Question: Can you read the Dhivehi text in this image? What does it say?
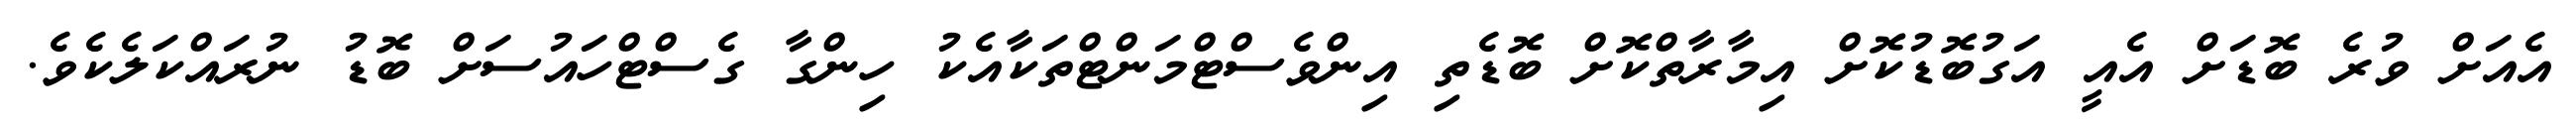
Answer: އެއަށް ވުރެ ބޮޑަށް އެއީ އަގުބޮޑުކޮށް އިމާރާތްކޮށް ބޮޑެތި އިންވެސްޓްމަންޓްތަކާއެކު ހިންގާ ގެސްޓްހައުސަށް ބޮޑު ނުރައްކަލެކެވެ.